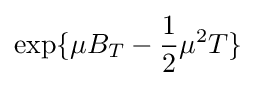
\exp\{\mu B_{T}-{\frac {1}{2}}\mu ^{2}T\}